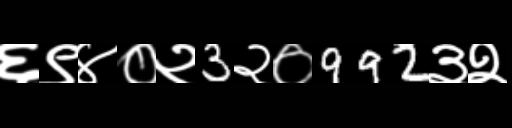
Text: ६९४०२3२०992३२